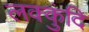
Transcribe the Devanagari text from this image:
लक्कुंदि